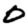
Digit: 0